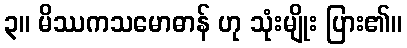
၃။ မိဿကသမောဓာန် ဟု သုံးမျိုး ပြား၏။